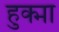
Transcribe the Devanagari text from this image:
हुक्मा